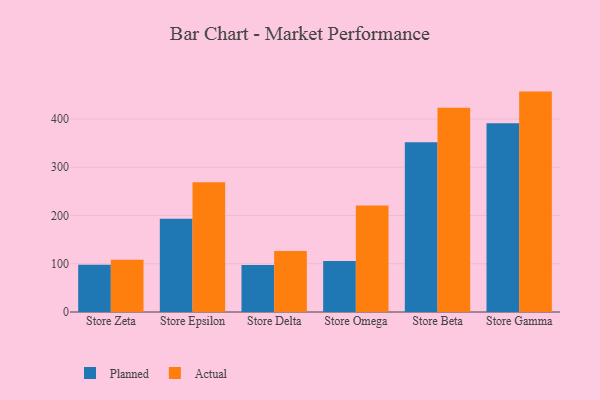
{"axis": {"x": "Store", "y": "Tickets Resolved"}, "legend": ["Actual", "Planned"], "data": [{"x": "Store Zeta", "y": 97.7, "type": "Planned"}, {"x": "Store Zeta", "y": 108.2, "type": "Actual"}, {"x": "Store Epsilon", "y": 193.2, "type": "Planned"}, {"x": "Store Epsilon", "y": 268.7, "type": "Actual"}, {"x": "Store Delta", "y": 97.6, "type": "Planned"}, {"x": "Store Delta", "y": 126.2, "type": "Actual"}, {"x": "Store Omega", "y": 105.6, "type": "Planned"}, {"x": "Store Omega", "y": 220.8, "type": "Actual"}, {"x": "Store Beta", "y": 351.5, "type": "Planned"}, {"x": "Store Beta", "y": 423.4, "type": "Actual"}, {"x": "Store Gamma", "y": 391.1, "type": "Planned"}, {"x": "Store Gamma", "y": 456.7, "type": "Actual"}]}